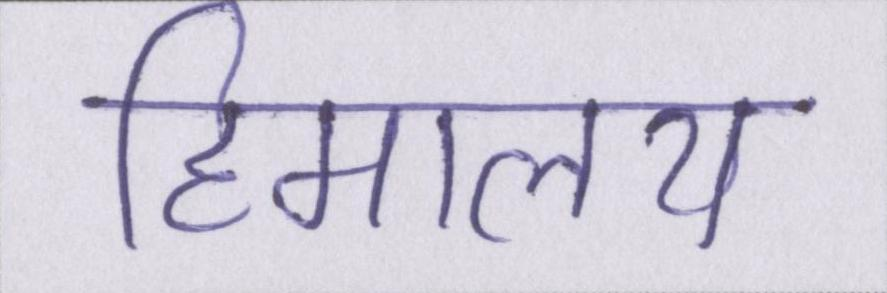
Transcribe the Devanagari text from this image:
हिमालय